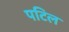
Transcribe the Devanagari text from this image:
पटिल